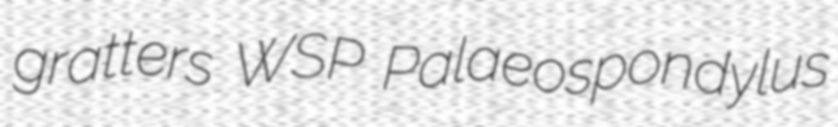
gratters WSP Palaeospondylus